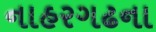
નાહરગઢના